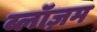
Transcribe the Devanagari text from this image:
ब्लॉज़म